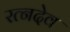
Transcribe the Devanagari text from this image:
रत्नदेव